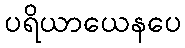
ပရိယာယေနပေ